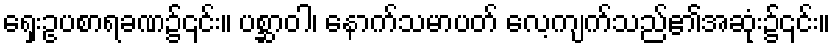
ရှေးဥပစာရခဏ၌၎င်း။ ပစ္ဆာဝါ၊ နောက်သမာပတ် လေ့ကျက်သည်၏အဆုံး၌၎င်း။